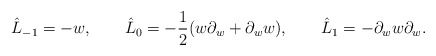
\begin{align*}\hat L_{-1}=-w,\qquad \hat L_0=-{1\over 2}(w\partial_w+\partial_w w),\qquad\hat L_1=-\partial_w w\partial_w.\end{align*}